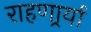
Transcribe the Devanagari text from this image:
राहणार्र्या